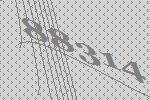
88314